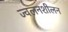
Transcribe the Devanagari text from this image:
ज्वलनशीलन